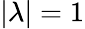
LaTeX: |\lambda|=1